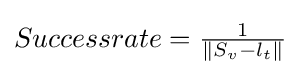
{\textstyle Successrate={\frac {1}{\|S_{v}-l_{t}\|}}}